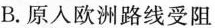
B. 原人欧洲路线受阻